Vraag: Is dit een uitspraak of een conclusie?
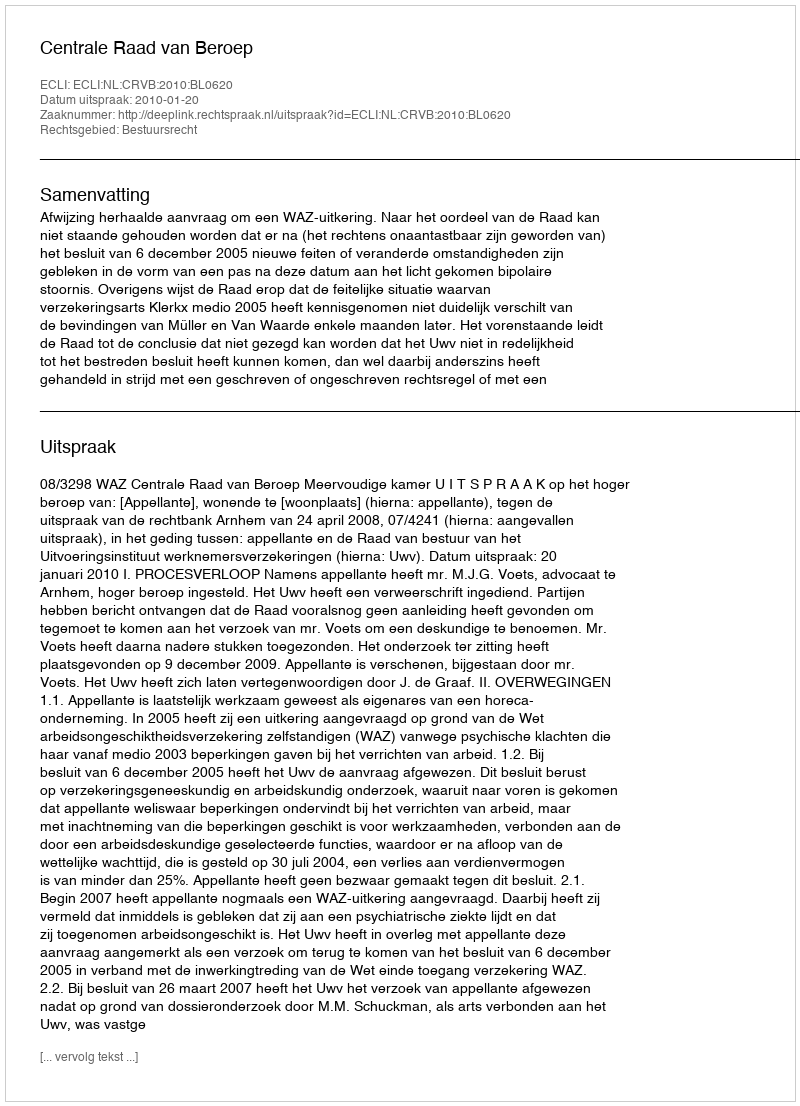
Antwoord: Uitspraak